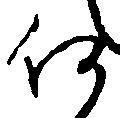
何